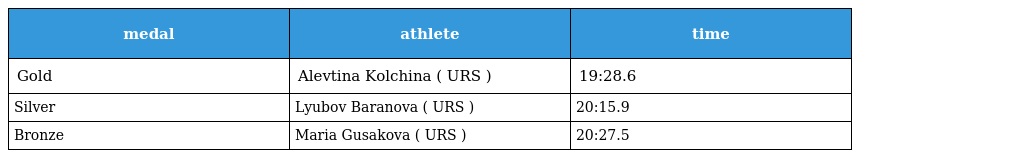
| medal | athlete | time |
 | --- | --- | --- |
 | Gold | Alevtina Kolchina ( URS ) | 19:28.6 |
 | Silver | Lyubov Baranova ( URS ) | 20:15.9 |
 | Bronze | Maria Gusakova ( URS ) | 20:27.5 |